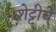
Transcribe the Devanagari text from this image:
शेट्टीचे